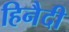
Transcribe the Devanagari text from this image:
हिनैदी